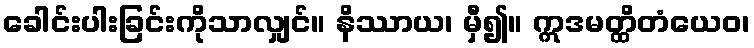
ခေါင်းပါးခြင်းကိုသာလျှင်။ နိဿာယ၊ မှီ၍။ ဣဒမတ္ထိတံယေဝ၊